Indian Medical Review
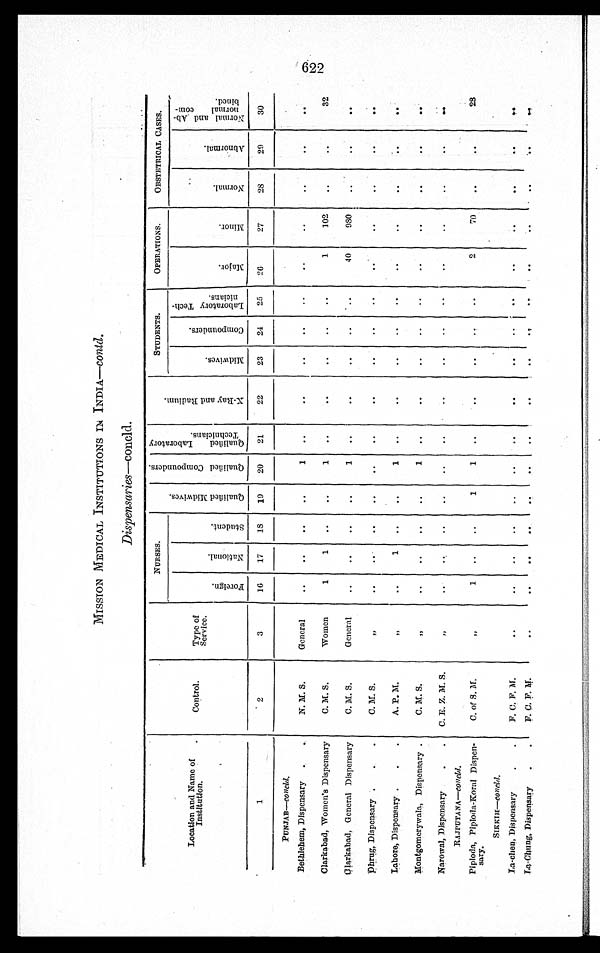
MISSION MEDICAL INSTITUTIONS IN INDIA— c o n t d .
Dispensaries—concld.
Location and Name of
Institution.
Control.
Type of
Service.
NURSES.
Q u a l i f i e d M i d w i v e s .
Q u a l i f i e d C o m p o u n d e r s . Q u a l i f i e d L a b o r a t o r y T e c h n i c i a n s .
X - R a y a n d R a d i u m .
STUDENTS.
OPERATIONS.
OBSTETRICAL CASES.
F o r e i g n .
N a t i o n a l . S t u d e n t s .
M i d w i v e s .
C o m p o u n d e r s .
L a b o r a t o r y T e c h - n i c i a n s .
M a j o r .
M i n o r .
N o r m a l .
A b n o r m a l .
N o r m a l a n d A b n o r m a l c o m b a i n e d .
1
2
3
16 17
1 8 19 20 21
22
23 24 25 2 6
27
2 8
2 9
30
PUNJAB—c o n c l d .
Bethlehem, Dispensary
N. M. S.
General
1
Clarkabad, Women's Dispensary
C. M. S.
Women
1
1
1
1 102
32
Clarkabad, General Dispensary
C. M. S.
General
1
40
980
Dhrug,D i s p e n s a r y
C. M. S.
„
Lahore, Dispensary
A. P. M.
„
1
1
Montgomerywala, Dispensary
C. M. S.
„
1
Narowal, Dispensary
C. E. Z. M. S.
„
RAJPUTANA—c o n c l d .
Piploda, Piploda-Koral Dispen-
sary.
C. of S. M.
„ 1
1
1
2
70
28
SIKKIM—c o n c l d
La-chen,D i s p e n s a r y F. C. F. M.
La-Chung. Dispensary F. C. F. M.
622